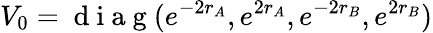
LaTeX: V_{0}=\mathrm{~d~i~a~g~}(e^{-2r_{A}},e^{2r_{A}},e^{-2r_{B}},e^{2r_{B}})